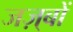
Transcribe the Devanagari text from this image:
जज़्बों